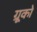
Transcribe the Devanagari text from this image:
ग्रूको